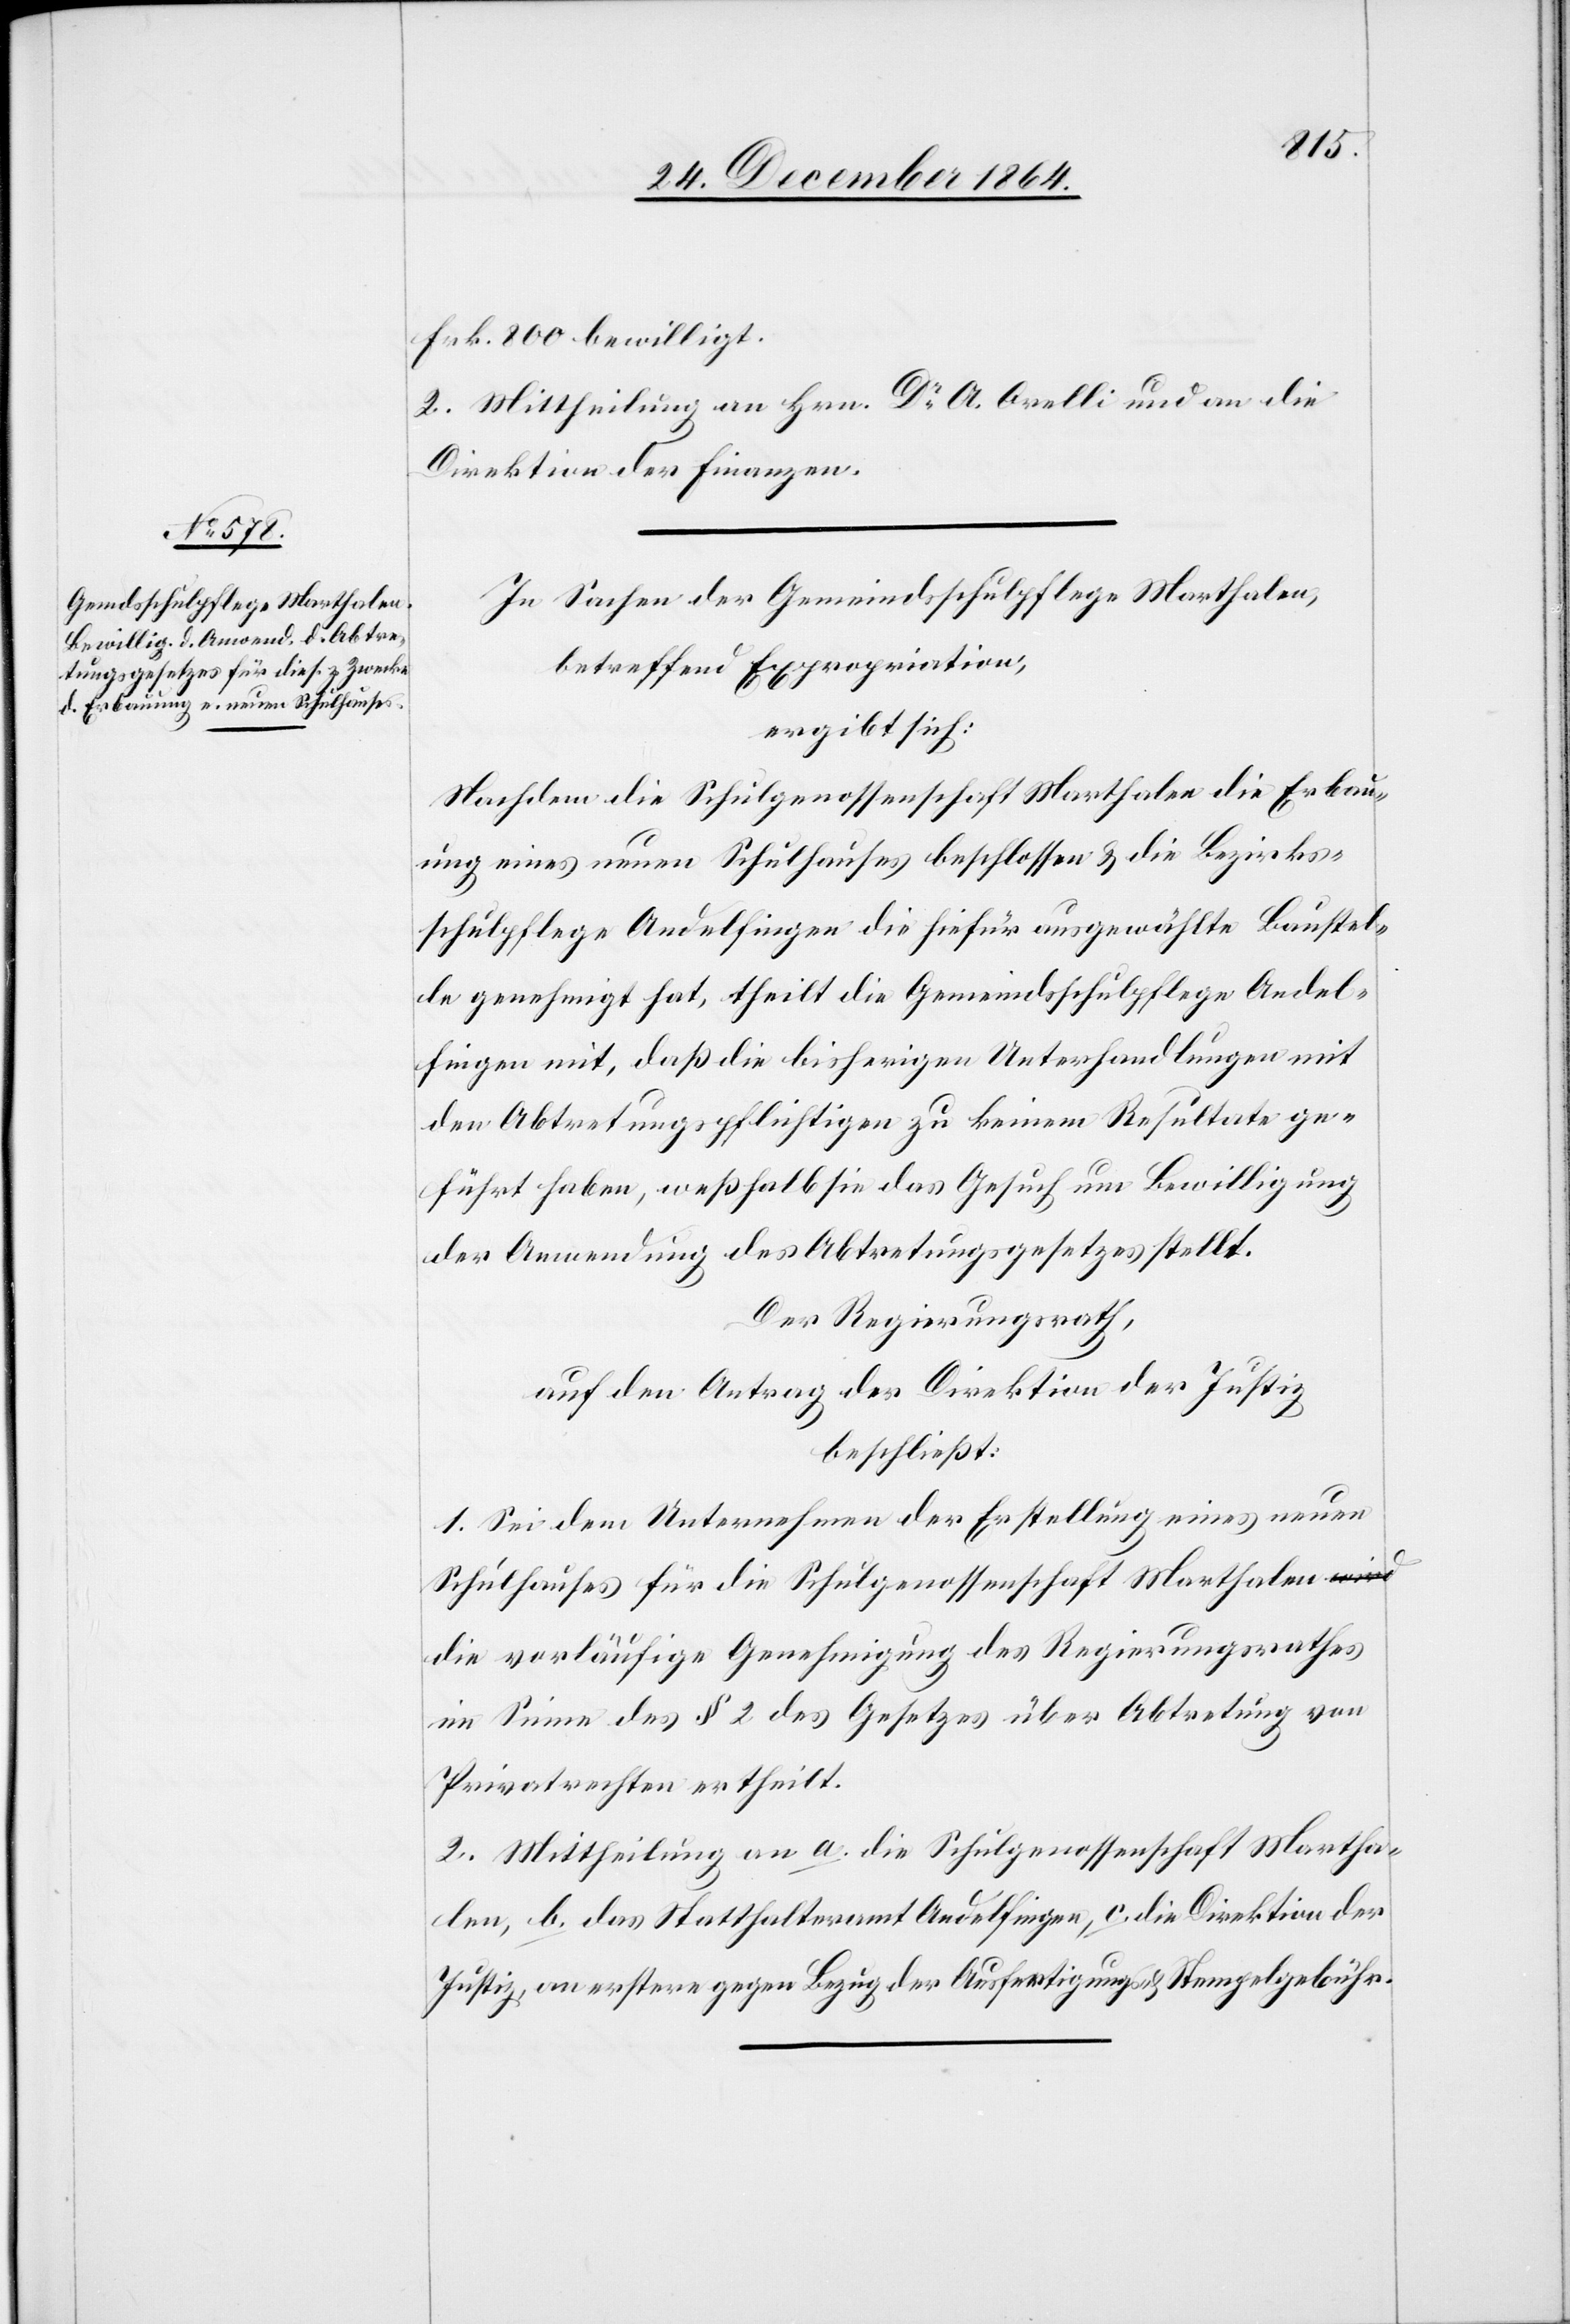
Mart¬

Frk. 800 bewilligt.
2. Mittheilung an Hrn. Dr A. Orelli und an die
Direktion der Finanzen.
In Sachen der Gemeindsschulpflege Marthalen,
betreffend Expropriation,
ergibt sich:
Nachdem die Schulgenossenschaft Marthalen die Erbau¬
ung eines neuen Schulhauses beschlossen & die Bezirks¬
schulpflege Andelfingen die hiefür ausgewählte Baustel¬
le genehmigt hat, theilt die Gemeindsschulpflege Andel¬
halen] mit, daß die bisherigen Unterhandlungen mit
den Abtretungspflichtigen zu keinem Resultate ge¬
führt haben, weßhalb sie das Gesuch um Bewilligung
der Anwendung des Abtretungsgesetzes stellt.
Der Regierungsrath,
auf den Antrag der Direktion der Justiz,
beschließt:
1. Sei dem Unternehmen der Erstellung eines neuen
Schulhauses für die Schulgenossenschaft Marthalen d¬
ie vorläufige Genehmigung des Regierungsrathes
im Sinne des § 2 des Gesetz über Abtretung von
Privatrechten ertheilt.
2. Mittheilung an a. die Schulgenossenschaft Martha¬
len, b. das Statthalteramt Andelfingen, c. die Direktion der
Justiz, an erstere gegen Bezug der Ausfertigungs- & Stempelgebühr.